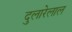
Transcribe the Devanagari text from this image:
दुलारेलाल